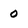
Character: 0